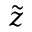
\tilde { z }